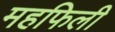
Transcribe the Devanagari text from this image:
महफिली